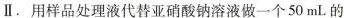
Ⅱ。用样品处理液代替亚硝酸钠溶液做一个50mL的